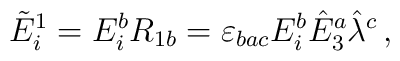
\tilde{E}_i^1=E_i^bR_{1b}=\varepsilon_{bac}E_i^b\hat{E}_3^a\hat{\lambda}^c\,,